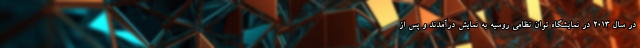
در سال ۲۰۱۳ در نمایشگاه توان نظامی روسیه به نمایش درآمدند و پس از